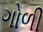
ગોળી